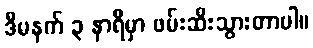
ဒီမနက် ၃ နာရီမှာ ဖမ်းဆီးသွားတာပါ။